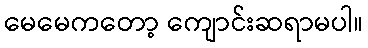
မေမေကတော့ ကျောင်းဆရာမပါ။